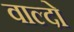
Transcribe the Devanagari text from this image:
वाल्दो